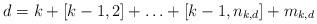
LaTeX: \begin{align*}d = k + [k - 1,2] + \ldots + [k - 1,n_{k,d}] + m_{k,d}\end{align*}